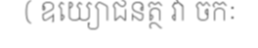
( ឧយ្យោជនត្ថ វា ចកៈ